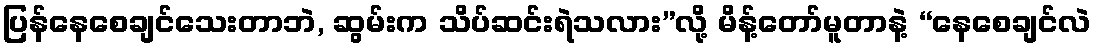
ပြန်နေစေချင်သေးတာဘဲ, ဆွမ်းက သိပ်ဆင်းရဲသလား”လို့ မိန့်တော်မူတာနဲ့ “နေစေချင်လဲ